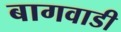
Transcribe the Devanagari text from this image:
बागवाडी